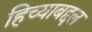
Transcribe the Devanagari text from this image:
हिच्याबद्दल